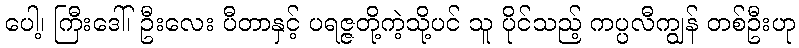
ပေါ့၊ ကြီးဒေါ်၊ ဦးလေး ပီတာနှင့် ပရဇ္ဇတို့ကဲ့သို့ပင် သူ ပိုင်သည့် ကပ္ပလီကျွန် တစ်ဦးဟု